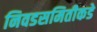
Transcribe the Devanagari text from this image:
निवडसमितीकडे